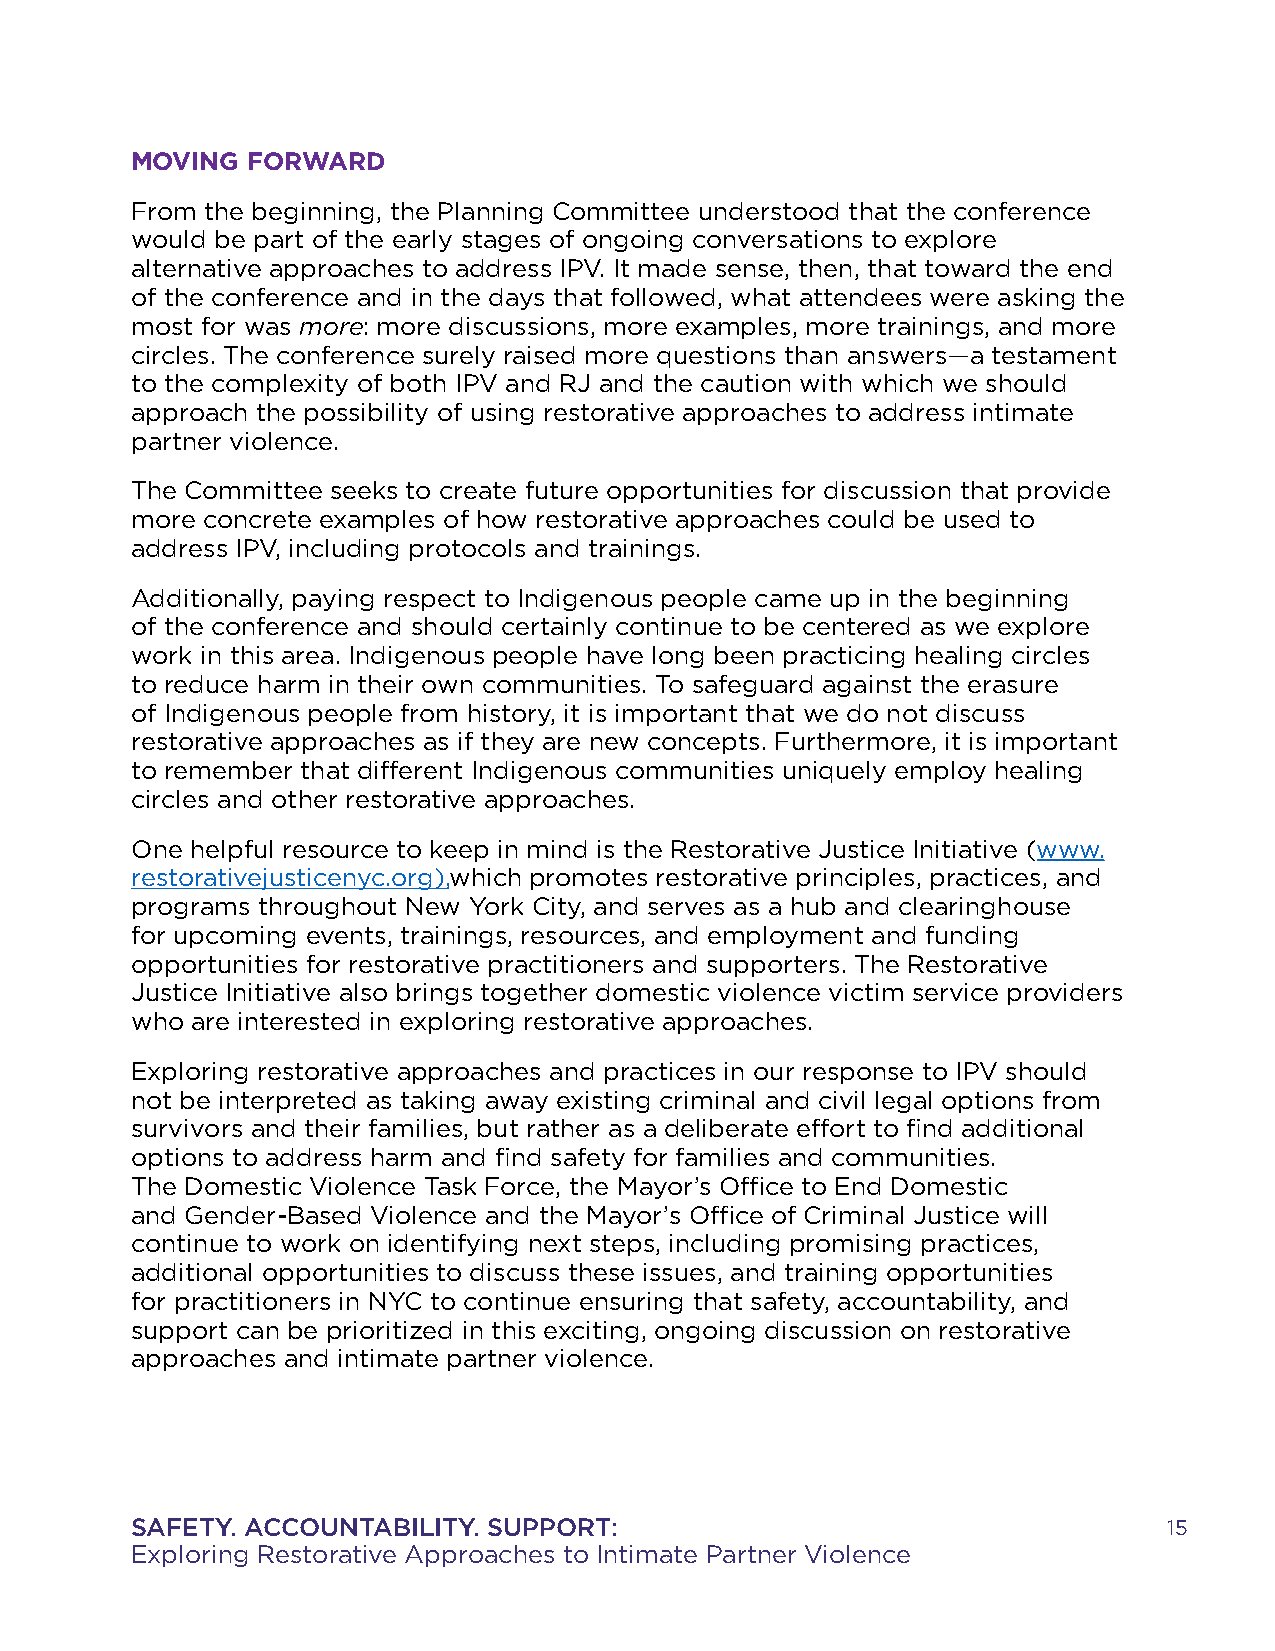
MOVING FORWARD
 From the beginning, the Planning Committee understood that the conference
 would be part of the early stages of ongoing conversations to explore
 alternative approaches to address IPV. It made sense, then, that toward the end
 of the conference and in the days that followed, what attendees were asking the
 most for was more: more discussions, more examples, more trainings, and more
 circles. The conference surely raised more questions than answers—a testament
 to the complexity of both IPV and RJ and the caution with which we should
 approach the possibility of using restorative approaches to address intimate
 partner violence.
 The Committee seeks to create future opportunities for discussion that provide
 more concrete examples of how restorative approaches could be used to
 address IPV, including protocols and trainings.
 Additionally, paying respect to Indigenous people came up in the beginning
 of the conference and should certainly continue to be centered as we explore
 work in this area. Indigenous people have long been practicing healing circles
 to reduce harm in their own communities. To safeguard against the erasure
 of Indigenous people from history, it is important that we do not discuss
 restorative approaches as if they are new concepts. Furthermore, it is important
 to remember that different Indigenous communities uniquely employ healing
 circles and other restorative approaches.
 One helpful resource to keep in mind is the Restorative Justice Initiative (www.
 restorativejusticenyc.org),which promotes restorative principles, practices, and
 programs throughout New York City, and serves as a hub and clearinghouse
 for upcoming events, trainings, resources, and employment and funding
 opportunities for restorative practitioners and supporters. The Restorative
 Justice Initiative also brings together domestic violence victim service providers
 who are interested in exploring restorative approaches.
 Exploring restorative approaches and practices in our response to IPV should
 not be interpreted as taking away existing criminal and civil legal options from
 survivors and their families, but rather as a deliberate effort to find additional
 options to address harm and find safety for families and communities.
 The Domestic Violence Task Force, the Mayor’s Office to End Domestic
 and Gender-Based Violence and the Mayor’s Office of Criminal Justice will
 continue to work on identifying next steps, including promising practices,
 additional opportunities to discuss these issues, and training opportunities
 for practitioners in NYC to continue ensuring that safety, accountability, and
 support can be prioritized in this exciting, ongoing discussion on restorative
 approaches and intimate partner violence.
 SAFETY. ACCOUNTABILITY. SUPPORT:                                    15
 Exploring Restorative Approaches to Intimate Partner Violence